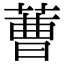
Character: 蓸